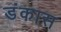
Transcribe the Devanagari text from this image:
डंकास